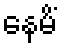
နေမိံ